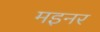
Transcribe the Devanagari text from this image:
मइनर